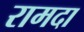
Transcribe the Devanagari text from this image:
रामदा